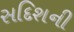
સદિશની